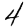
Digit: 4